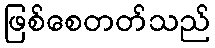
ဖြစ်စေတတ်သည်